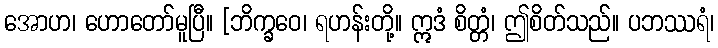
အောဟ၊ ဟောတော်မူပြီ။ [ဘိက္ခဝေ၊ ရဟန်းတို့။ ဣဒံ စိတ္တံ၊ ဤစိတ်သည်။ ပဘဿရံ၊